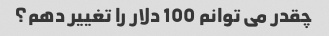
چقدر می توانم 100 دلار را تغییر دهم؟